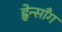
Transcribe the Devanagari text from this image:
ह्वेन्साँग